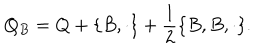
Q _ { B } = Q + \{ B , \cdot \} + \frac 1 2 \{ B , B , \cdot \} .